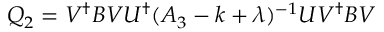
Q _ { 2 } = V ^ { \dagger } B V U ^ { \dagger } ( A _ { 3 } - k + \lambda ) ^ { - 1 } U V ^ { \dagger } B V